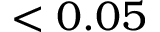
< 0 . 0 5